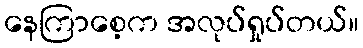
နေကြာစေ့က အလုပ်ရှုပ်တယ်။